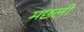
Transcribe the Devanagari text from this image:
मछली